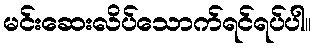
မင်းဆေးလိပ်သောက်ရင်ရပ်ပါ။